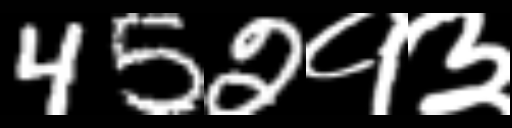
Text: 452१३